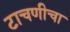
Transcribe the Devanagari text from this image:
टाचणीचा